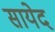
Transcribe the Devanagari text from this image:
सायेद